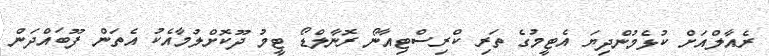
ރެއާލްއަށް ކުޅެމުންދިޔަ އެޓީމުގެ ތަރި ކްރިސްޓިއާނޯ ރޮނާލްޑޯ ޓީމު ދޫކޮށްލުމާއެކު އެތަން ފޫބައްދަން